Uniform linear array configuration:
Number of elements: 48
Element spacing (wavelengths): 0.25
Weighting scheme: cosine
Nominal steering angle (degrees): -45
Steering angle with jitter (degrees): -45.851
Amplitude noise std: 0.05
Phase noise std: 0.05

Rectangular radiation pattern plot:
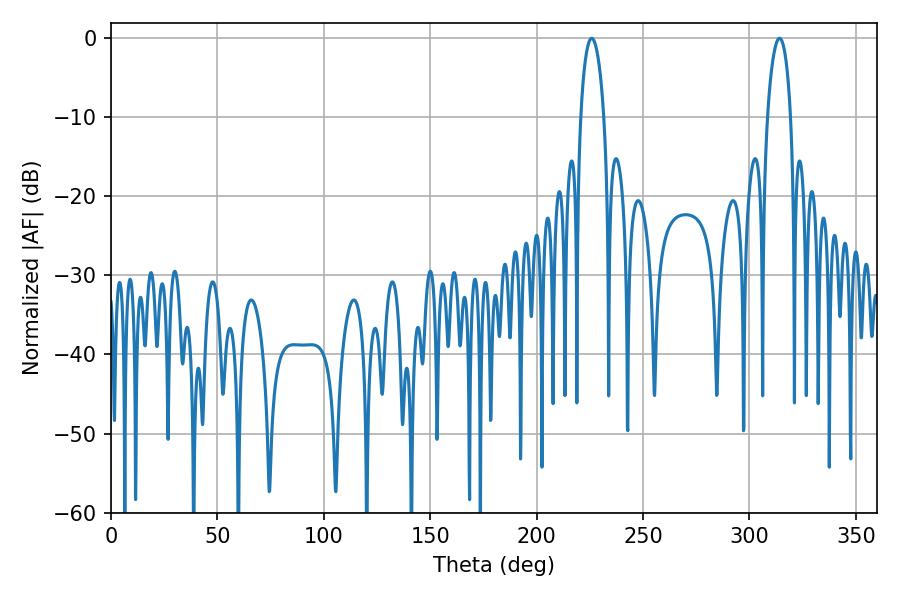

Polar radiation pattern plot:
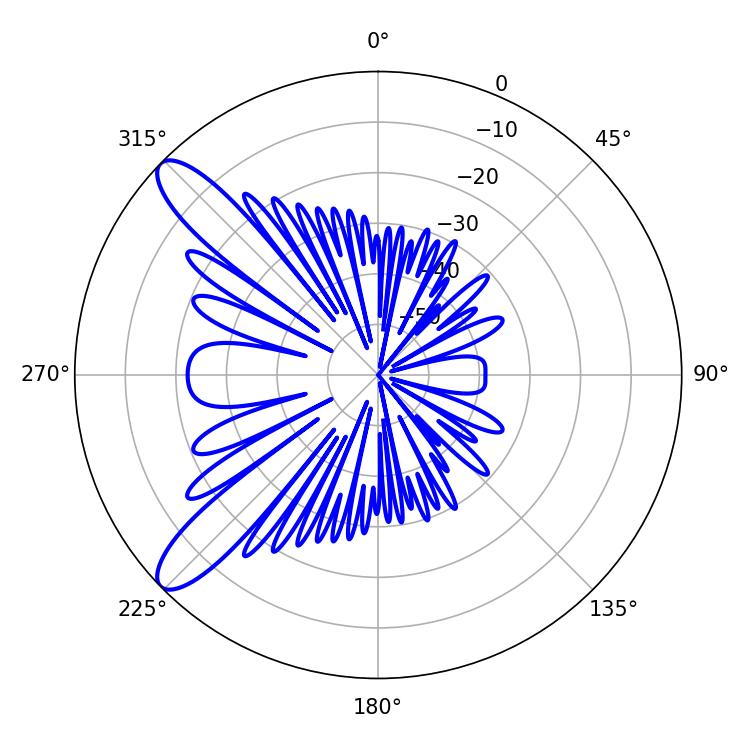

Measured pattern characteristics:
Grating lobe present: FALSE
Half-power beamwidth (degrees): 6.3
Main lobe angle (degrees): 225.9